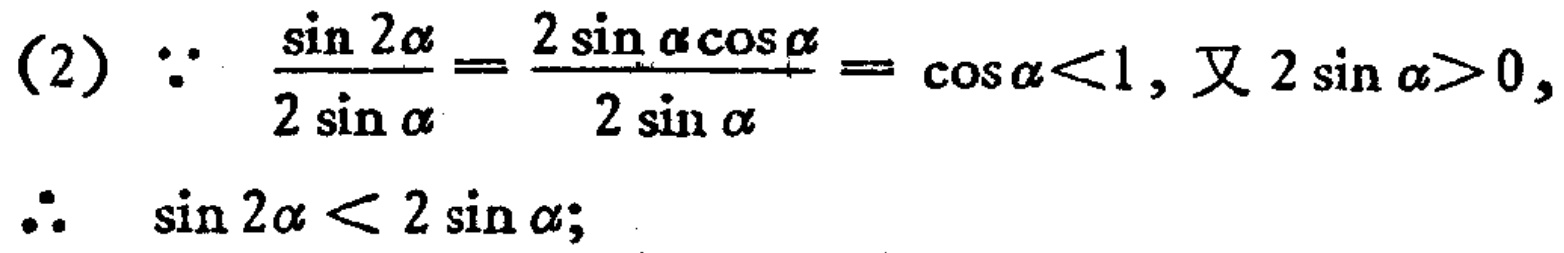
(2) $\because$ $\frac{\sin 2\alpha}{2\sin \alpha}=\frac{2\sin \alpha\cos \alpha}{2\sin \alpha}=\cos \alpha<1$, 又 $2\sin \alpha>0$,

$\therefore$ $\sin 2\alpha<2\sin \alpha$;